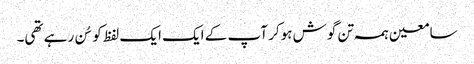
سامعین ہمہ تن گوش ہوکر آپ کے ایک ایک لفظ کو سُن رہے تھی۔